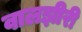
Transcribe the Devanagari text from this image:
वालझीरी